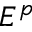
E ^ { p }